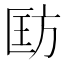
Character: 𪯵